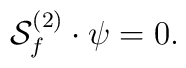
{\cal S}^{(2)}_f\cdot\psi=0.